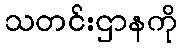
သတင်းဌာနကို